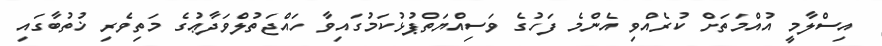
އިސްލާމީ އުއްމަތަށް ކުރެއްވި އެންމެ ފަހުގެ ވަސިއްޔަތްޕުޅުކަމުގައިވާ ހައްޖަތުލްވަދާޢުގެ މަތިވެރި ޚުތުބާގައި